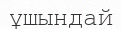
ұшындай